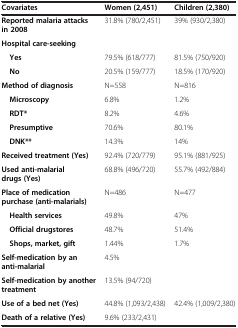
| Covariates | Women (2,451) | Children (2,380) |
 | --- | --- | --- |
 | Reported malaria attacks in 2008 | 31.8% (780/2,451) | 39% (930/2,380) |
 | Hospital care-seeking |  |  |
 | Yes | 79.5% (618/777) | 81.5% (750/920) |
 | No | 20.5% (159/777) | 18.5% (170/920) |
 | Method of diagnosis | N=558 | N=816 |
 | Microscopy | 6.8% | 1.2% |
 | RDT* | 8.2% | 4.6% |
 | Presumptive | 70.6% | 80.1% |
 | DNK** | 14.3% | 14% |
 | Received treatment (Yes) | 92.4% (720/779) | 95.1% (881/925) |
 | Used anti-malarial drugs (Yes) | 68.8% (496/720) | 55.7% (492/884) |
 | Place of medication purchase (anti-malarials) | N=486 | N=477 |
 | Health services | 49.8% | 47% |
 | Official drugstores | 48.7% | 51.4% |
 | Shops, market, gift | 1.44% | 1.7% |
 | Self-medication by an anti-malarial | 4.5% |  |
 | Self-medication by another treatment | 13.5% (94/720) |  |
 | Use of a bed net (Yes) | 44.8% (1,093/2,438) | 42.4% (1,009/2,380) |
 | Death of a relative (Yes) | 9.6% (233/2,431) |  |